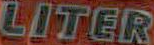
LITER